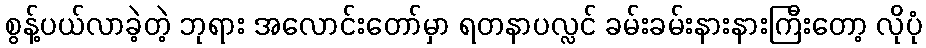
စွန့်ပယ်လာခဲ့တဲ့ ဘုရား အလောင်းတော်မှာ ရတနာပလ္လင် ခမ်းခမ်းနားနားကြီးတော့ လိုပုံ